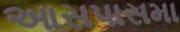
આસપાસમા